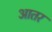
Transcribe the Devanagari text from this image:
आतर